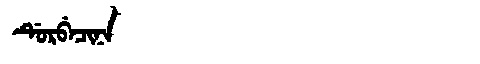
Manchu: ᡩᡠᡵᠪᡝᠴᡳᠨᠠ
Romanization: DURBECINA